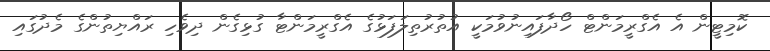
ކޮމިޓީން އެ އެގްރީމަންޓް ހޯދާފައިނުވުމަކީ އުތުރުތިލަފަޅުގެ އެގްރީމަންޓާ ގުޅިގެން ދިވެހި ރައްޔިތުންގެ މެދުގައި